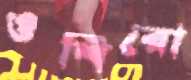
ওশিরো